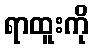
ရာထူးကို